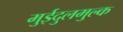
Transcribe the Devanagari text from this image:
मुईदुलमुल्क